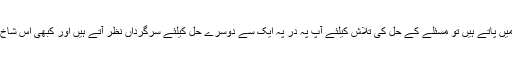
سب سے پہلے جب آپ اپنے آپ کو اِس طرح کی گوں مگوں میں پاتے ہیں تو مسئلے کے حل کی تلاش کیلئے آپ پہ در پہ ایک سے دوسرے حل کیلئے سرگرداں نظر آتے ہیں اور کبھی اُس شاخ پر چھلانگ لگاتے ہیں کبھی اُس شاخ پر مگر سعی لا حاصل۔